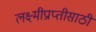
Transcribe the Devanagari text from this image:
लक्ष्मीप्राप्तीसाठी